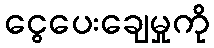
ငွေပေးချေမှုကို